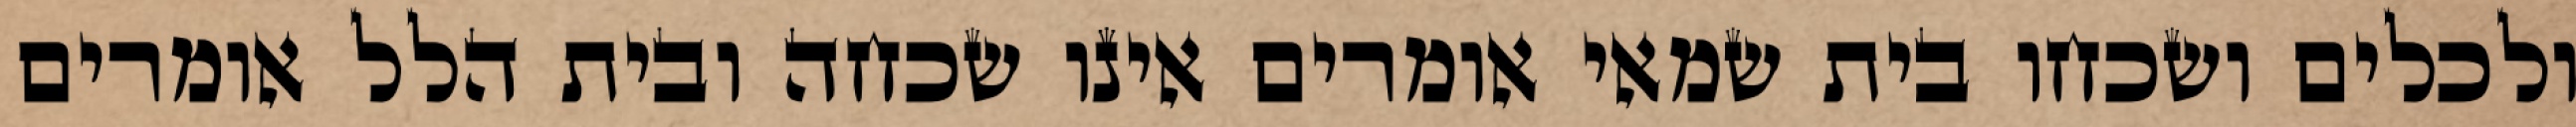
ולכלים ושכחו בית שמאי אומרים אינו שכחה ובית הלל אומרים